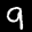
Label: 9